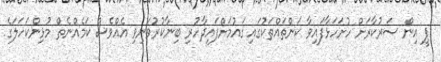
ޕީ އިން ސަރުކާރަށް ހުށަހަޅާފައިވާ ކަންތައްތަކުގައި ޤައުމަށްފައިދާހުރި ބިނާކުރުވަނިވި އެއްވެސް ކަމެއްނެތް މުޅިންކަހަލަގެ